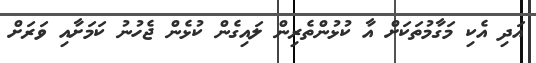
އަދި އެކި މަގާމުތަކަށް އާ ކުޅުންތެރިން ލައިގެން ކުޅެން ޖެހުނު ކަމަށާއި ވަރަށް